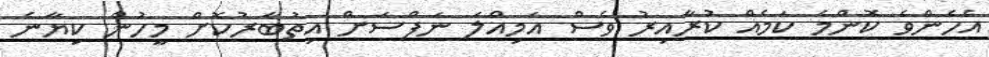
އެހެންވެ ކޮންމެ ކަމެއް ކުރާއިރު ވެސް އަމިއްލަ ނަފްސަށް އިތުބާރުކޮށް މީހުން ކިޔާނެ